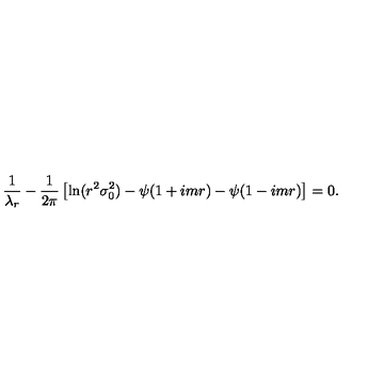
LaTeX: \frac { 1 } { \lambda _ { r } } - \frac { 1 } { 2 \pi } \left[ \ln ( r ^ { 2 } \sigma _ { 0 } ^ { 2 } ) - \psi ( 1 + i m r ) - \psi ( 1 - i m r ) \right] = 0 .